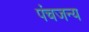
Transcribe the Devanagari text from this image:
पंचजन्य